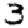
Digit: 3